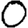
Digit: 0